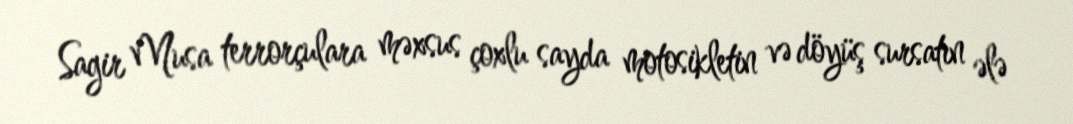
Sagir Musa terrorçulara məxsus çoxlu sayda motosikletin və döyüş sursatın ələ